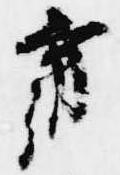
肩